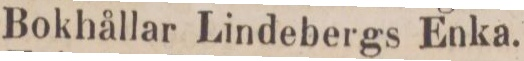
Bokhållar Lindebergs Enka.